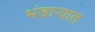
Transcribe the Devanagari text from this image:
भंडाऱ्यात